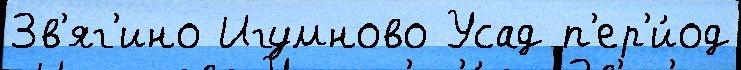
Зв'яг'ино Игумново Усад п'ер'и́од